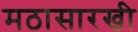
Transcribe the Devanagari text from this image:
मठासारखी